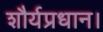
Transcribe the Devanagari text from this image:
शौर्यप्रधान।